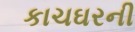
કાચઘરની